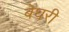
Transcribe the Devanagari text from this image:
बेघरी